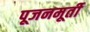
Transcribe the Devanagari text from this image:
पूजनमूर्ती